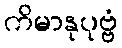
ကိမာနုပုဗ္ဗံ